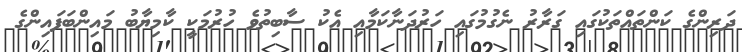
ދަރިންގެ ކަންތައްތަކުގައި ގަރާރު ނެގުމުގައި ހަރުދަނާކަމާއި އެކު ސާބިތުވެ ހުރުމަކީ ކާމިޔާބު މައިންބަފައިންގެ